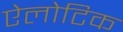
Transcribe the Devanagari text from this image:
ऐलोटिक